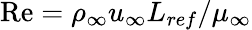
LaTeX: \mathrm{Re}=\rho_{\infty}u_{\infty}L_{ref}/\mu_{\infty}